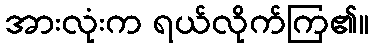
အားလုံးက ရယ်လိုက်ကြ၏။